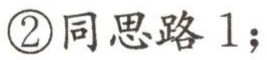
\textcircled{2}同思路1；